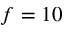
f = 1 0